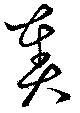
奏